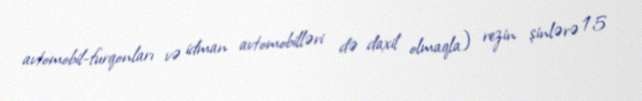
avtomobil-furqonları və idman avtomobilləri də daxil olmaqla) rezin şinlərə 15